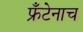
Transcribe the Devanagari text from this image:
फ्रँटेनाच